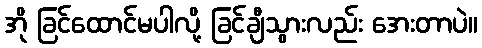
အို ခြင်ထောင်မပါလို့ ခြင်ချီသွားလည်း အေးတာပဲ။